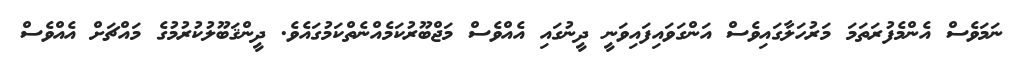
ނަމަވެސް އެންމެފުރަތަމަ މަރުހަލާގައިވެސް އަންގަވައިފައިވަނީ ދީނުގައި އެއްވެސް މަޖްބޫރުކަމެއްނެތްކަމުގައެވެ. ދީންޤަބޫލުކުރުމުގެ މައްޗަށް އެއްވެސް